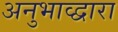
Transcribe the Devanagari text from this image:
अनुभाव्द्वारा